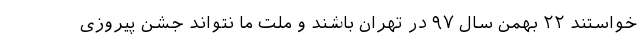
خواستند ۲۲ بهمن سال ۹۷ در تهران باشند و ملت ما نتواند جشن پیروزی